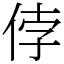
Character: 侼